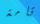
تامة